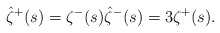
\begin{align*} \hat\zeta^+(s) = \zeta^-(s) \hat\zeta^-(s) = 3\zeta^+(s).\end{align*}